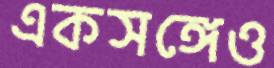
একসঙ্গেও